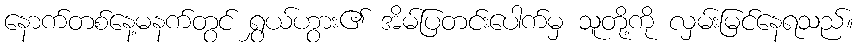
နောက်တစ်နေ့မနက်တွင် ရွှယ်ဟွား၏ အိမ်ပြတင်းပေါက်မှ သူတို့ကို လှမ်းမြင်နေရသည်။